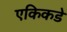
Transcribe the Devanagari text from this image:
एकिकडे